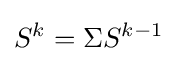
S^{k}=\Sigma S^{k-1}